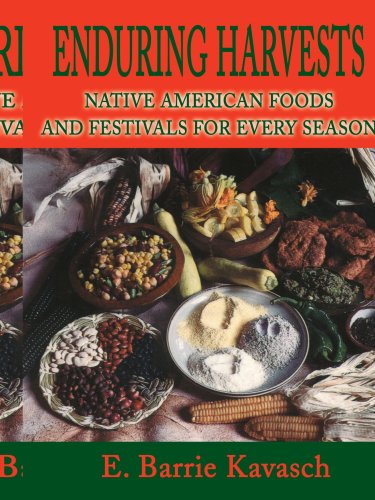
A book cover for Enduring Harvests: Native American Foods and Festivals for Every Season; E. Barrie Kavasch; Cookbooks, Food & Wine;